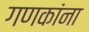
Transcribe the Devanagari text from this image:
गणकांना